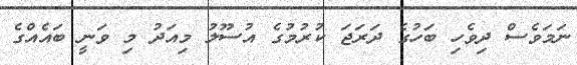
ނަމަވެސް ދިވެހި ބަހުގެ ދަރަޖަ ކުރުމުގެ އުސޫލު މިއަދު މި ވަނީ ބައެއްގެ